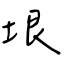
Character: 垠